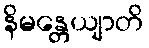
နိမန္တေယျာတိ